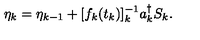
\eta _ { k } = \eta _ { k - 1 } + [ f _ { k } ( t _ { k } ) ] _ { k } ^ { - 1 } a _ { k } ^ { \dagger } S _ { k } .